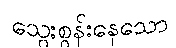
သွေးစွန်းနေသော